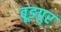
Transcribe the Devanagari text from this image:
बूङपुर